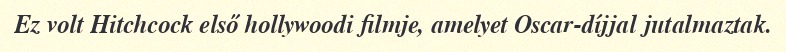
Ez volt Hitchcock első hollywoodi filmje, amelyet Oscar-díjjal jutalmaztak.